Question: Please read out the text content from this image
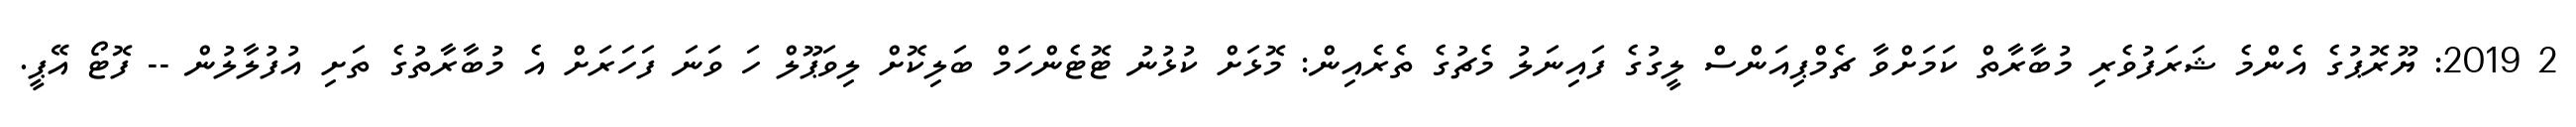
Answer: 2 2019: ޔޫރޮޕުގެ އެންމެ ޝަރަފުވެރި މުބާރާތް ކަމަށްވާ ޗެމްޕިއަންސް ލީގުގެ ފައިނަލު މެޗުގެ ތެރެއިން: މޮޅަށް ކުޅުނު ޓޮޓެންހަމް ބަލިކޮށް ލިވަޕޫލް ހަ ވަނަ ފަހަރަށް އެ މުބާރާތުގެ ތަށި އުފުލާލުން -- ފޮޓޯ އޭޕީ.